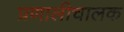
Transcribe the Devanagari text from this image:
प्रणालीचालक